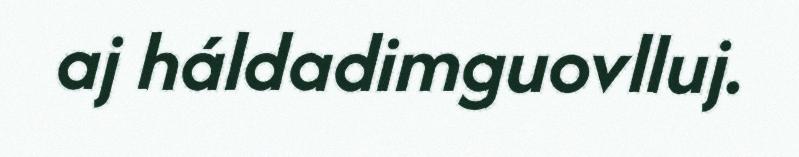
aj háldadimguovlluj.